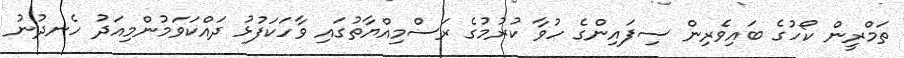
ތަމްރީން ކޯހުގެ ބައިވެރިން ސިފައިންގެ ހުވާ ކުރުމުގެ ރަސްމިއްޔާތުގައި ވާހަކަފުޅު ދައްކަވަމުންމިއަދު ހެނދުނު